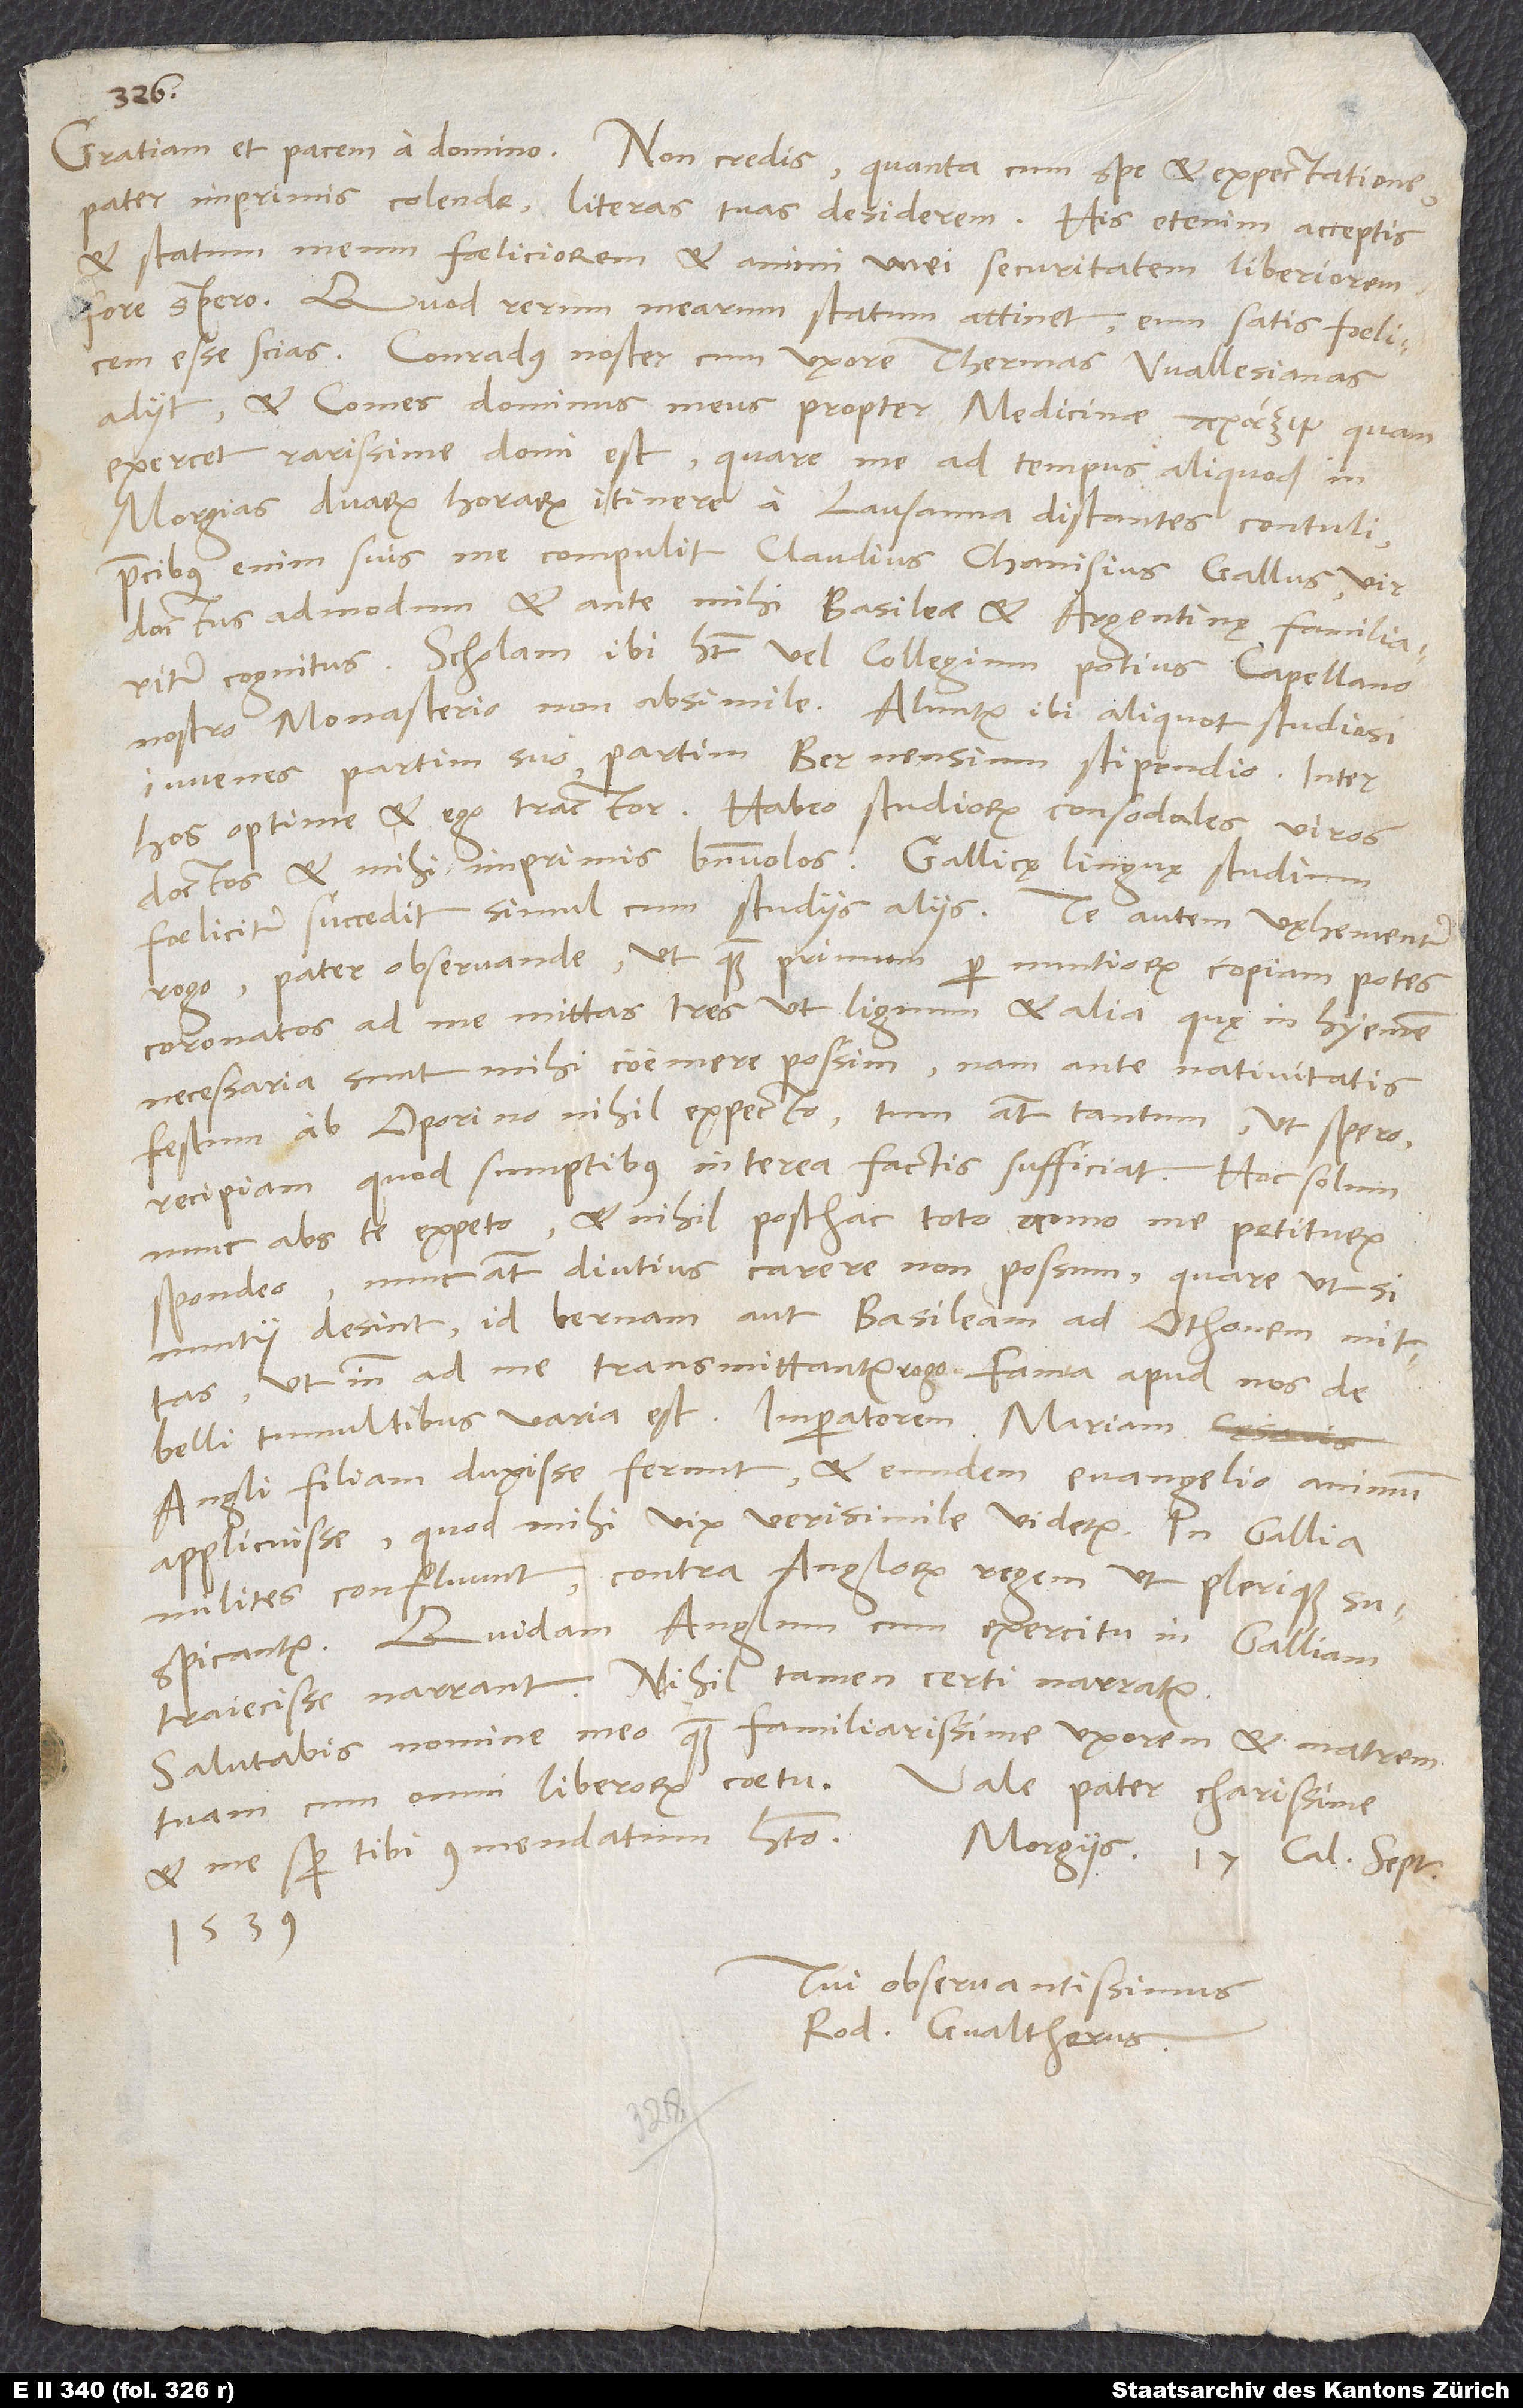
pater imprimis colende, literas tuas desiderem. His etenim acceptis
et statum meum foeliciorem et animi mei securitatem liberiorem
Quod rerum mearum statum attinet, eum satis foelicem
esse scias. Conradus noster cum uxore thermas Wallesianas
adiit, et Comes, dominus meus, propter medicinae , quam
exercet, rarissime domi est, quare me ad tempus aliquod in
Morgias duarum horarum itinere a Lausanna distantes contuli;
precibus enim suis me compulit Claudius Chanisius Gallus, vir
doctus admodum et ante mihi Basileae et Argentinę familiariter
Scholam ibi habet vel collegium potius Capellano
nostro monasterio non absimile. Aluntur ibi aliquot studiosi
iuvenes partim suo, partim Bernensium stipendio. Inter
hos optime et ego tractor. Habeo studiorum consodales viros
doctos et mihi imprimis benevolos. Gallicę linguę studium
rogo, pater observande, ut, quam primum per nuntiorum copiam potes,
coronatos ad me mittas tres, ut lignum et alia, quę in hyemem
necessaria sunt, mihi coemere possim, nam ante nativitatis
festum ab Oporino nihil expecto; tum autem tantum, ut spero,
recipiam, quod sumptibus interea factis sufficiat. Hoc solum
nunc abs te expeto, et nihil posthac toto anno me petiturum
spondeo; nunc autem diutius carere non possum, quare, ut, si
nuntii desint, id Bernam aut Basileam ad Othonem mittas,
belli tumultibus varia est. Imperatorem Mariam,
Angli filiam, duxisse ferunt et eundem evangelio animum
applicuisse, quod mihi vix verisimile videtur. In Gallia
milites confluunt contra Anglorum regem, ut plerique
suspicantur. Quidam Anglum cum exercitu in Galliam
traiecisse narrant. Nihil tamen certi narratur.
Salutabis nomine meo quam familiarissime uxorem et matrem
Vale, pater charissime,
tuam cum omni liberorum coetu.
et me semper tibi commendatum habeto.
Morgiis, 17. calendas septembris
1539.
Tui observantissimus
Rod. Gvaltherus.